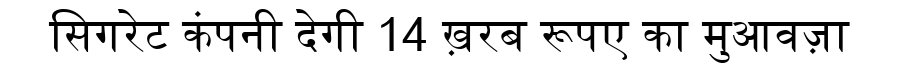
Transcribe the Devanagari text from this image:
सिगरेट कंपनी देगी 14 ख़रब रूपए का मुआवज़ा